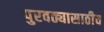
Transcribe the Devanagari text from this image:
पुरवठ्यासाठीच